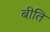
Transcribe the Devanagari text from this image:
बीति